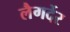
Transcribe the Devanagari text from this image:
लैगर्देर